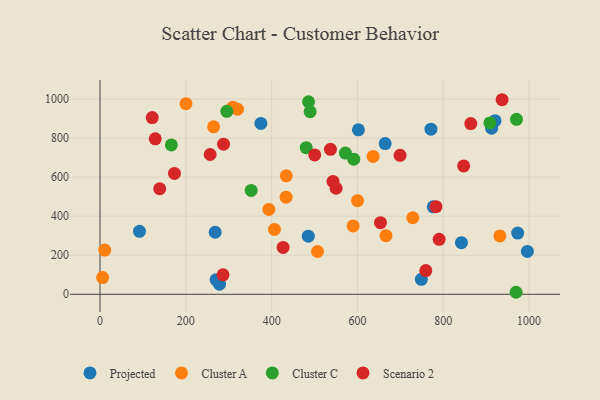
{"axis": {"x": "Study Hours", "y": "Demand"}, "legend": ["Cluster A", "Cluster C", "Projected", "Scenario 2"], "data": [{"x": "776.6", "y": 448.1, "type": "Projected"}, {"x": "92.0", "y": 322.7, "type": "Projected"}, {"x": "278.5", "y": 51.6, "type": "Projected"}, {"x": "268.4", "y": 317.8, "type": "Projected"}, {"x": "602.2", "y": 842.6, "type": "Projected"}, {"x": "842.3", "y": 264.3, "type": "Projected"}, {"x": "375.0", "y": 875.1, "type": "Projected"}, {"x": "748.9", "y": 76.4, "type": "Projected"}, {"x": "973.4", "y": 313.7, "type": "Projected"}, {"x": "912.7", "y": 851.1, "type": "Projected"}, {"x": "270.6", "y": 75.0, "type": "Projected"}, {"x": "771.3", "y": 845.6, "type": "Projected"}, {"x": "664.6", "y": 771.9, "type": "Projected"}, {"x": "996.0", "y": 219.5, "type": "Projected"}, {"x": "920.7", "y": 889.5, "type": "Projected"}, {"x": "485.4", "y": 297.5, "type": "Projected"}, {"x": "433.7", "y": 497.6, "type": "Cluster A"}, {"x": "406.5", "y": 332.1, "type": "Cluster A"}, {"x": "666.4", "y": 300.3, "type": "Cluster A"}, {"x": "200.3", "y": 976.3, "type": "Cluster A"}, {"x": "11.1", "y": 226.4, "type": "Cluster A"}, {"x": "434.1", "y": 606.8, "type": "Cluster A"}, {"x": "6.1", "y": 85.4, "type": "Cluster A"}, {"x": "393.5", "y": 434.9, "type": "Cluster A"}, {"x": "309.7", "y": 958.3, "type": "Cluster A"}, {"x": "589.9", "y": 350.0, "type": "Cluster A"}, {"x": "264.7", "y": 857.9, "type": "Cluster A"}, {"x": "931.9", "y": 298.9, "type": "Cluster A"}, {"x": "506.9", "y": 219.1, "type": "Cluster A"}, {"x": "320.5", "y": 948.3, "type": "Cluster A"}, {"x": "636.5", "y": 706.1, "type": "Cluster A"}, {"x": "728.9", "y": 392.0, "type": "Cluster A"}, {"x": "600.2", "y": 479.7, "type": "Cluster A"}, {"x": "489.7", "y": 935.2, "type": "Cluster C"}, {"x": "480.6", "y": 751.1, "type": "Cluster C"}, {"x": "166.3", "y": 765.1, "type": "Cluster C"}, {"x": "591.4", "y": 692.1, "type": "Cluster C"}, {"x": "571.9", "y": 723.5, "type": "Cluster C"}, {"x": "352.3", "y": 532.1, "type": "Cluster C"}, {"x": "486.0", "y": 986.3, "type": "Cluster C"}, {"x": "969.7", "y": 10.3, "type": "Cluster C"}, {"x": "295.6", "y": 937.4, "type": "Cluster C"}, {"x": "970.6", "y": 896.2, "type": "Cluster C"}, {"x": "908.7", "y": 877.8, "type": "Cluster C"}, {"x": "256.7", "y": 715.9, "type": "Scenario 2"}, {"x": "128.8", "y": 796.4, "type": "Scenario 2"}, {"x": "286.7", "y": 99.6, "type": "Scenario 2"}, {"x": "543.0", "y": 578.1, "type": "Scenario 2"}, {"x": "847.5", "y": 657.4, "type": "Scenario 2"}, {"x": "699.3", "y": 712.0, "type": "Scenario 2"}, {"x": "500.5", "y": 713.9, "type": "Scenario 2"}, {"x": "550.2", "y": 543.2, "type": "Scenario 2"}, {"x": "139.1", "y": 540.5, "type": "Scenario 2"}, {"x": "121.7", "y": 905.0, "type": "Scenario 2"}, {"x": "287.9", "y": 769.0, "type": "Scenario 2"}, {"x": "173.5", "y": 619.1, "type": "Scenario 2"}, {"x": "537.1", "y": 742.6, "type": "Scenario 2"}, {"x": "783.0", "y": 448.8, "type": "Scenario 2"}, {"x": "937.1", "y": 996.6, "type": "Scenario 2"}, {"x": "759.3", "y": 121.2, "type": "Scenario 2"}, {"x": "790.4", "y": 281.3, "type": "Scenario 2"}, {"x": "864.1", "y": 874.6, "type": "Scenario 2"}, {"x": "426.8", "y": 239.9, "type": "Scenario 2"}, {"x": "653.6", "y": 366.6, "type": "Scenario 2"}]}